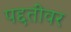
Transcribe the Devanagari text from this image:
पद्दतींवर